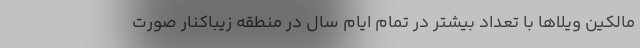
مالکین ویلاها با تعداد بیشتر در تمام ایام سال در منطقه زیباکنار صورت